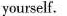
yourself.